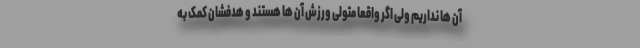
آن ها نداریم ولی اگر واقعا متولی ورزش آن ها هستند و هدفشان کمک به